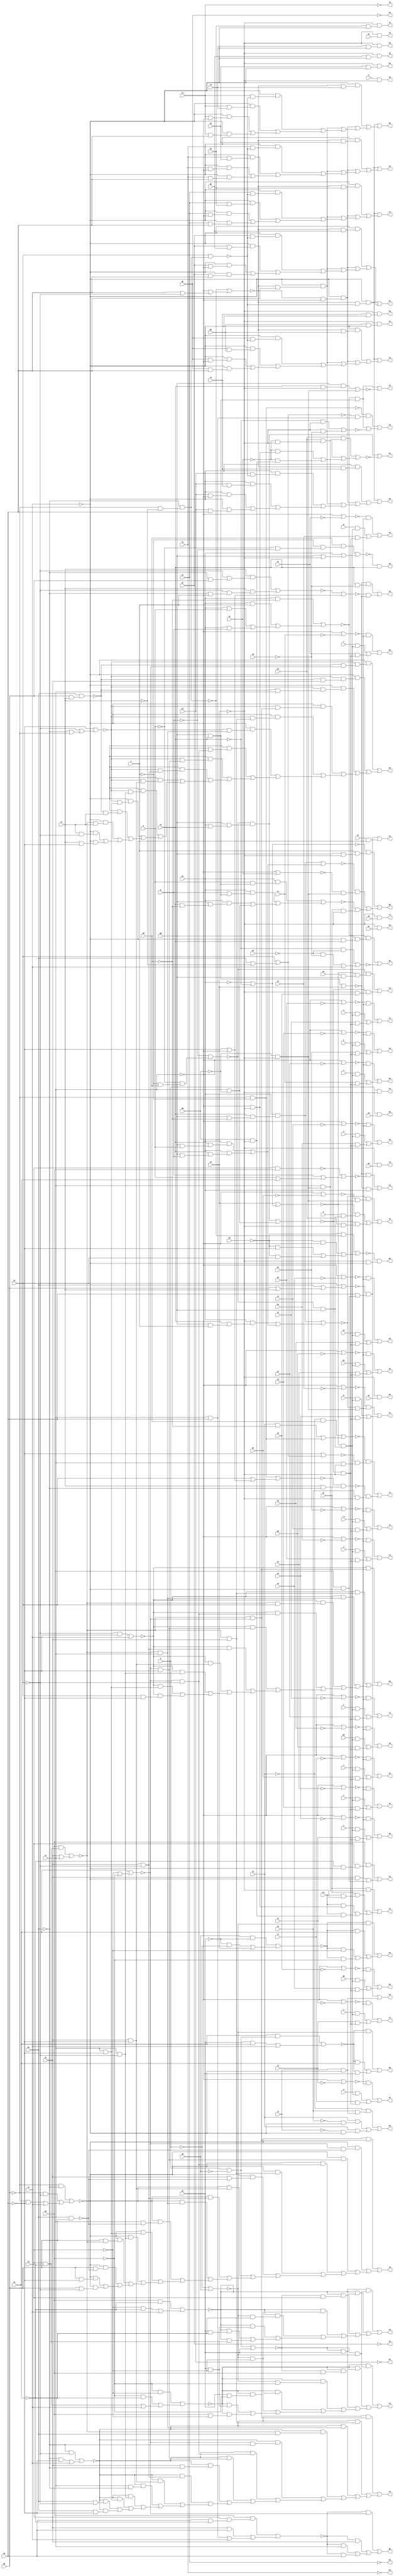
// IWLS benchmark module "x4" printed on Wed May 29 17:30:39 2002
module x4(a, b, g, h, i, k, l, m, n, o, p, q, r, s, t, u, v, w, \x , y, z, a0, b0, c0, d0, e0, f0, g0, h0, i0, k0, l0, m0, n0, o0, p0, q0, r0, s0, t0, u0, v0, w0, x0, y0, z0, a1, b1, c1, d1, e1, f1, g1, h1, i1, j1, k1, l1, m1, n1, o1, p1, q1, r1, s1, t1, u1, v1, w1, x1, y1, z1, a2, b2, c2, d2, e2, f2, g2, h2, i2, j2, k2, l2, m2, n2, o2, p2, q2, r2, s2, t2, u2, v2, w2, x2, y2, z2, a3, b3, c3, d3, e3, f3, g3, h3, i3, j3, k3, l3, m3, n3, o3, p3, q3, r3, s3, t3, u3, v3, w3, x3, y3, z3, a4, b4, c4, d4, e4, f4, g4, h4, i4, j4, k4, l4, m4, n4, o4, p4, q4, r4, s4, t4, u4, v4, w4, x4, y4, z4, a5, b5, c5, d5, e5, f5, g5, h5, i5, j5, k5, l5, m5, n5, o5);
input
  z0,
  z1,
  a,
  b,
  g,
  h,
  i,
  k,
  l,
  m,
  n,
  o,
  p,
  q,
  r,
  s,
  t,
  u,
  v,
  w,
  \x ,
  y,
  z,
  a0,
  a1,
  a2,
  b0,
  b1,
  b2,
  c0,
  c1,
  c2,
  d0,
  d1,
  d2,
  e0,
  e1,
  e2,
  f0,
  f1,
  f2,
  g0,
  g1,
  g2,
  h0,
  h1,
  h2,
  i0,
  i1,
  i2,
  j1,
  j2,
  k0,
  k1,
  k2,
  l0,
  l1,
  l2,
  m0,
  m1,
  m2,
  n0,
  n1,
  n2,
  o0,
  o1,
  o2,
  p0,
  p1,
  p2,
  q0,
  q1,
  q2,
  r0,
  r1,
  r2,
  s0,
  s1,
  s2,
  t0,
  t1,
  t2,
  u0,
  u1,
  u2,
  v0,
  v1,
  v2,
  w0,
  w1,
  x0,
  x1,
  y0,
  y1;
output
  z2,
  z3,
  z4,
  a3,
  a4,
  a5,
  b3,
  b4,
  b5,
  c3,
  c4,
  c5,
  d3,
  d4,
  d5,
  e3,
  e4,
  e5,
  f3,
  f4,
  f5,
  g3,
  g4,
  g5,
  h3,
  h4,
  h5,
  i3,
  i4,
  i5,
  j3,
  j4,
  j5,
  k3,
  k4,
  k5,
  l3,
  l4,
  l5,
  m3,
  m4,
  m5,
  n3,
  n4,
  n5,
  o3,
  o4,
  o5,
  p3,
  p4,
  q3,
  q4,
  r3,
  r4,
  s3,
  s4,
  t3,
  t4,
  u3,
  u4,
  v3,
  v4,
  w2,
  w3,
  w4,
  x2,
  x3,
  x4,
  y2,
  y3,
  y4;
wire
  \[60] ,
  j11,
  j13,
  j14,
  \[61] ,
  \[62] ,
  \[63] ,
  r12,
  \[64] ,
  \[65] ,
  \[66] ,
  z10,
  z11,
  z13,
  \[67] ,
  \[68] ,
  \[69] ,
  \[0] ,
  \[1] ,
  c11,
  c12,
  c14,
  \[2] ,
  \[3] ,
  \[4] ,
  \[70] ,
  k11,
  k14,
  \[5] ,
  \[6] ,
  \[7] ,
  \[8] ,
  \[9] ,
  d10,
  d13,
  d14,
  l10,
  l11,
  l12,
  l14,
  t11,
  \[10] ,
  e10,
  e11,
  e14,
  \[11] ,
  \[12] ,
  \[13] ,
  m13,
  \[14] ,
  \[15] ,
  \[16] ,
  u10,
  u12,
  u13,
  \[17] ,
  \[18] ,
  \[19] ,
  \[20] ,
  f10,
  f11,
  f12,
  f14,
  \[21] ,
  \[22] ,
  \[23] ,
  n10,
  n11,
  \[24] ,
  \[25] ,
  \[26] ,
  v10,
  v13,
  \[27] ,
  \[28] ,
  \[29] ,
  \[30] ,
  g10,
  g13,
  g14,
  \[31] ,
  \[32] ,
  \[33] ,
  o12,
  \[34] ,
  \[35] ,
  \[36] ,
  w11,
  w13,
  \[37] ,
  \[38] ,
  \[39] ,
  \[40] ,
  h14,
  \[41] ,
  \[42] ,
  \[43] ,
  p13,
  \[44] ,
  \[45] ,
  \[46] ,
  x10,
  x12,
  x13,
  \[47] ,
  \[48] ,
  \[49] ,
  f9,
  a11,
  a13,
  a14,
  i9,
  \[50] ,
  j8,
  i11,
  i12,
  \[51] ,
  k8,
  k9,
  \[52] ,
  l9,
  \[53] ,
  m8,
  q11,
  \[54] ,
  \[55] ,
  o8,
  \[56] ,
  y10,
  y13,
  \[57] ,
  \[58] ,
  \[59] ,
  w8,
  b14,
  x8;
assign
  \[60]  = (~x13 & (~w13 & ~u13)) | ((~x13 & (~w13 & u2)) | ((~x13 & (~w13 & l2)) | ((~x13 & (~u13 & ~l2)) | ((~x13 & (~u13 & ~k2)) | ((~x13 & (u2 & ~l2)) | ((~x13 & (u2 & ~k2)) | (~x13 & (l2 & ~k2)))))))),
  z2 = \[3] ,
  z3 = \[29] ,
  z4 = \[55] ,
  j11 = ~e1 | ~q1,
  j13 = ~e1 | ~h2,
  j14 = (u0 & ~u2) | ((~u2 & ~b) | i0),
  \[61]  = (~y13 & (~w13 & ~u13)) | ((~y13 & (~w13 & u2)) | ((~y13 & (~w13 & m2)) | ((~y13 & (~u13 & ~m2)) | ((~y13 & (~u13 & ~l2)) | ((~y13 & (u2 & ~m2)) | ((~y13 & (u2 & ~l2)) | (~y13 & (m2 & ~l2)))))))),
  \[62]  = (~a14 & ~z13) | ((~a14 & d1) | ((~a14 & e1) | (~a14 & n2))),
  \[63]  = (~c14 & (~b14 & ~z13)) | ((~c14 & (~b14 & d1)) | ((~c14 & (~b14 & e1)) | ((~c14 & (~b14 & o2)) | ((~c14 & (~z13 & ~o2)) | ((~c14 & (~z13 & ~n2)) | ((~c14 & (d1 & ~o2)) | ((~c14 & (d1 & ~n2)) | ((~c14 & (e1 & ~o2)) | ((~c14 & (e1 & ~n2)) | (~c14 & (o2 & ~n2))))))))))),
  r12 = ~e1 | ~b2,
  \[64]  = (~d14 & (~b14 & ~z13)) | ((~d14 & (~b14 & d1)) | ((~d14 & (~b14 & e1)) | ((~d14 & (~b14 & p2)) | ((~d14 & (~z13 & ~p2)) | ((~d14 & (~z13 & ~o2)) | ((~d14 & (~z13 & ~n2)) | ((~d14 & (d1 & ~p2)) | ((~d14 & (d1 & ~o2)) | ((~d14 & (d1 & ~n2)) | ((~d14 & (e1 & ~p2)) | ((~d14 & (e1 & ~o2)) | ((~d14 & (e1 & ~n2)) | ((~d14 & (p2 & ~o2)) | (~d14 & (p2 & ~n2))))))))))))))),
  \[65]  = (~f14 & (~z13 & ~b14)) | ((~f14 & (~z13 & ~e14)) | ((~f14 & (~z13 & ~n2)) | ((~f14 & (~z13 & ~o2)) | ((~f14 & (d1 & ~b14)) | ((~f14 & (d1 & ~e14)) | ((~f14 & (d1 & ~n2)) | ((~f14 & (d1 & ~o2)) | ((~f14 & (e1 & ~b14)) | ((~f14 & (e1 & ~e14)) | ((~f14 & (e1 & ~n2)) | ((~f14 & (e1 & ~o2)) | ((~f14 & (q2 & ~b14)) | ((~f14 & (q2 & ~e14)) | ((~f14 & (q2 & ~n2)) | (~f14 & (q2 & ~o2)))))))))))))))),
  \[66]  = (~c1 & (~h14 & (~g14 & ~z13))) | ((~c1 & (~h14 & (~g14 & d1))) | ((~c1 & (~h14 & (~g14 & e1))) | ((~c1 & (~h14 & (~b14 & ~z13))) | ((~c1 & (~h14 & (~b14 & d1))) | ((~c1 & (~h14 & (~b14 & e1))) | ((~c1 & (~h14 & (~z13 & ~o2))) | ((~c1 & (~h14 & (~z13 & ~n2))) | ((~c1 & (~h14 & (d1 & ~o2))) | ((~c1 & (~h14 & (d1 & ~n2))) | ((~c1 & (~h14 & (e1 & ~o2))) | ((~c1 & (~h14 & (e1 & ~n2))) | ((~c1 & (~g14 & r2)) | ((~c1 & (~b14 & r2)) | ((~c1 & (r2 & ~o2)) | (~c1 & (r2 & ~n2)))))))))))))))),
  z10 = (m1 & (v2 & (g0 & ~h0))) | ((m1 & (v2 & (g0 & h))) | (m1 & (v2 & (g0 & g)))),
  z11 = ~e1 | ~v1,
  z13 = k2 | (~l2 | ~m2),
  \[67]  = (n1 & (e1 & (~m0 & ~i0))) | ((n1 & (b1 & ~i0)) | ((b1 & (~e1 & ~i0)) | (b1 & (m0 & ~i0)))),
  \[68]  = (~t2 & (s2 & (l1 & ~c1))) | ((t2 & (~s2 & ~c1)) | (t2 & (~l1 & ~c1))),
  \[69]  = (~j14 & ~u13) | ((~j14 & k2) | ((~j14 & ~l2) | (~j14 & ~m2))),
  \[0]  = ~f1,
  \[1]  = ~g1,
  c11 = (m1 & (h & (g0 & v2))) | ((m1 & (g & (g0 & v2))) | ((m1 & (g0 & (v2 & ~h0))) | (e1 & ~m0))),
  c12 = ~e1 | ~w1,
  c14 = (~o2 & ~n2) | c1,
  \[2]  = ~h1,
  \[3]  = ~i1,
  \[4]  = ~j1,
  \[70]  = (~v10 & (v2 & ~f0)) | (~k14 & ~v10),
  k11 = (m1 & (v2 & (g0 & ~h0))) | ((m1 & (v2 & (g0 & i))) | ((m1 & (v2 & (g0 & h))) | (m1 & (v2 & (g0 & g))))),
  k14 = ~l14 | (~n2 | ~e1),
  \[5]  = ~k1,
  \[6]  = (~k8 & (~j8 & (e1 & ~i0))) | (~m8 & (s2 & ~i0)),
  \[7]  = (~w8 & (g0 & (~c1 & v2))) | ~x8,
  \[8]  = (~f9 & (n2 & (e1 & ~c1))) | (l0 & ~c1),
  \[9]  = (~w8 & (g0 & v2)) | ~i9,
  d10 = o2 | (p2 | ~r2),
  d13 = ~e1 | ~f2,
  d14 = (~p2 & ~o2) | ((~p2 & ~n2) | c1),
  l10 = o2 & (~p2 & (~q2 & ~r2)),
  l11 = (~e11 & (g0 & (m1 & v2))) | (~m0 & e1),
  l12 = ~e1 | ~z1,
  l14 = (r2 & (~o2 & (~p2 & q2))) | (r2 & (~o2 & (~p2 & i))),
  t11 = ~e1 | ~t1,
  \[10]  = ~k9 & (~i0 & ~c1),
  e10 = ~i & ~q2,
  e11 = ~g & (~h & (~i & h0)),
  e14 = p2 & q2,
  \[11]  = ~i0 & (o0 & ~c1),
  \[12]  = ~i0 & (p0 & ~c1),
  \[13]  = ~i0 & (q0 & ~c1),
  m13 = ~e1 | ~i2,
  \[14]  = ~i0 & (r0 & ~c1),
  \[15]  = ~i0 & (s0 & ~c1),
  \[16]  = ~i0 & (t0 & ~c1),
  u10 = ~x10 | (g | (h | k2)),
  u12 = ~e1 | ~c2,
  u13 = ~b | u0,
  \[17]  = b & ~i0,
  \[18]  = a & ~i0,
  \[19]  = ~i0 & v0,
  \[20]  = ~i0 & w0,
  f10 = (~v2 & ~i0) | (~i0 & ~f0),
  f11 = (p1 & (e1 & (~m0 & ~i0))) | ((p1 & (~o1 & ~i0)) | ((~o1 & (~e1 & ~i0)) | (~o1 & (m0 & ~i0)))),
  f12 = ~e1 | ~x1,
  f14 = (~q2 & ~p2) | ((~q2 & ~o2) | ((~q2 & ~n2) | c1)),
  \[21]  = ~i0 & x0,
  \[22]  = ~i0 & y0,
  \[23]  = ~i0 & z0,
  n10 = ~l9 | (~e1 | (n2 | ~o2)),
  n11 = ~e1 | ~r1,
  \[24]  = ~i0 & a1,
  \[25]  = (~e10 & (~d10 & (e1 & n2))) | ((~w8 & (g0 & v2)) | ~f10),
  \[26]  = ~g10 & v2,
  v10 = (g0 & v2) | i0,
  v13 = (k2 & (b & ~u0)) | ((u2 & k2) | c1),
  \[27]  = (m2 & (l2 & (~k2 & ~c1))) | ((d1 & ~c1) | (e1 & ~c1)),
  \[28]  = (~c1 & (~n10 & ~l10)) | ((~c1 & (~n10 & o0)) | ((~c1 & (~n10 & ~e1)) | ((~c1 & (~n10 & n2)) | ((~c1 & (f1 & ~l10)) | ((~c1 & (f1 & o0)) | ((~c1 & (f1 & ~e1)) | (~c1 & (f1 & n2)))))))),
  \[29]  = (~c1 & (~n10 & ~l10)) | ((~c1 & (~n10 & p0)) | ((~c1 & (~n10 & ~e1)) | ((~c1 & (~n10 & n2)) | ((~c1 & (g1 & ~l10)) | ((~c1 & (g1 & p0)) | ((~c1 & (g1 & ~e1)) | (~c1 & (g1 & n2)))))))),
  \[30]  = (~c1 & (~n10 & ~l10)) | ((~c1 & (~n10 & q0)) | ((~c1 & (~n10 & ~e1)) | ((~c1 & (~n10 & n2)) | ((~c1 & (h1 & ~l10)) | ((~c1 & (h1 & q0)) | ((~c1 & (h1 & ~e1)) | (~c1 & (h1 & n2)))))))),
  g10 = (h0 & (~i & (~h & ~g))) | (m1 | (g0 | ~i0)),
  g13 = ~e1 | ~g2,
  g14 = p2 & (q2 & r2),
  \[31]  = (~c1 & (~n10 & ~l10)) | ((~c1 & (~n10 & r0)) | ((~c1 & (~n10 & ~e1)) | ((~c1 & (~n10 & n2)) | ((~c1 & (i1 & ~l10)) | ((~c1 & (i1 & r0)) | ((~c1 & (i1 & ~e1)) | (~c1 & (i1 & n2)))))))),
  \[32]  = (~c1 & (~n10 & ~l10)) | ((~c1 & (~n10 & s0)) | ((~c1 & (~n10 & ~e1)) | ((~c1 & (~n10 & n2)) | ((~c1 & (j1 & ~l10)) | ((~c1 & (j1 & s0)) | ((~c1 & (j1 & ~e1)) | (~c1 & (j1 & n2)))))))),
  \[33]  = (~c1 & (~n10 & ~l10)) | ((~c1 & (~n10 & t0)) | ((~c1 & (~n10 & ~e1)) | ((~c1 & (~n10 & n2)) | ((~c1 & (k1 & ~l10)) | ((~c1 & (k1 & t0)) | ((~c1 & (k1 & ~e1)) | (~c1 & (k1 & n2)))))))),
  o12 = ~e1 | ~a2,
  \[34]  = (~f9 & (n2 & (e1 & ~c1))) | (l1 & ~c1),
  \[35]  = (~v10 & ~u10) | (~v10 & m1),
  \[36]  = (~a11 & (i & (g0 & ~i0))) | ((~z10 & (~y10 & (~m0 & ~i0))) | (~c11 & (n1 & ~i0))),
  w11 = ~e1 | ~u1,
  w13 = (b & ~u0) | u2,
  \[37]  = (~e11 & (g0 & (m1 & v2))) | ~f11,
  \[38]  = (~k11 & (~j11 & (~m0 & ~i0))) | ((~i11 & (k & (~e11 & g0))) | (~l11 & (p1 & ~i0))),
  \[39]  = (~n11 & (~k11 & (~m0 & ~i0))) | ((l & (~i11 & (~e11 & g0))) | (q1 & (~l11 & ~i0))),
  \[40]  = (~q11 & (~k11 & (~m0 & ~i0))) | ((m & (~i11 & (~e11 & g0))) | (r1 & (~l11 & ~i0))),
  h14 = ~n2 | (~o2 | (~p2 | ~q2)),
  \[41]  = (~t11 & (~k11 & (~m0 & ~i0))) | ((n & (~i11 & (~e11 & g0))) | (s1 & (~l11 & ~i0))),
  \[42]  = (~w11 & (~k11 & (~m0 & ~i0))) | ((o & (~i11 & (~e11 & g0))) | (t1 & (~l11 & ~i0))),
  \[43]  = (~z11 & (~k11 & (~m0 & ~i0))) | ((p & (~i11 & (~e11 & g0))) | (u1 & (~l11 & ~i0))),
  p13 = ~e1 | ~j2,
  \[44]  = (~c12 & (~k11 & (~m0 & ~i0))) | ((q & (~i11 & (~e11 & g0))) | (v1 & (~l11 & ~i0))),
  \[45]  = (~f12 & (~k11 & (~m0 & ~i0))) | ((r & (~i11 & (~e11 & g0))) | (w1 & (~l11 & ~i0))),
  \[46]  = (~i12 & (~k11 & (~m0 & ~i0))) | ((s & (~i11 & (~e11 & g0))) | (x1 & (~l11 & ~i0))),
  x10 = l2 & m2,
  x12 = ~e1 | ~d2,
  x13 = (m2 & ~k2) | ((~l2 & ~k2) | c1),
  \[47]  = (~l12 & (~k11 & (~m0 & ~i0))) | ((t & (~i11 & (~e11 & g0))) | (y1 & (~l11 & ~i0))),
  a3 = \[4] ,
  a4 = \[30] ,
  a5 = \[56] ,
  \[48]  = (~o12 & (~k11 & (~m0 & ~i0))) | ((u & (~i11 & (~e11 & g0))) | (z1 & (~l11 & ~i0))),
  b3 = \[5] ,
  b4 = \[31] ,
  b5 = \[57] ,
  \[49]  = (~r12 & (~k11 & (~m0 & ~i0))) | ((v & (~i11 & (~e11 & g0))) | (a2 & (~l11 & ~i0))),
  c3 = \[6] ,
  c4 = \[32] ,
  c5 = \[58] ,
  d3 = \[7] ,
  d4 = \[33] ,
  d5 = \[59] ,
  e3 = \[8] ,
  e4 = \[34] ,
  e5 = \[60] ,
  f3 = \[9] ,
  f4 = \[35] ,
  f5 = \[61] ,
  f9 = o2 | (p2 | (q2 | r2)),
  g3 = \[10] ,
  g4 = \[36] ,
  g5 = \[62] ,
  a11 = ~m1 | ~v2,
  a13 = ~e1 | ~e2,
  a14 = (m2 & (l2 & (n2 & ~k2))) | ((d1 & n2) | ((n2 & e1) | c1)),
  h3 = \[11] ,
  h4 = \[37] ,
  h5 = \[63] ,
  i3 = \[12] ,
  i4 = \[38] ,
  i5 = \[64] ,
  i9 = (g0 & (v2 & ~i0)) | (~m0 & ~i0),
  \[50]  = (~u12 & (~k11 & (~m0 & ~i0))) | ((w & (~i11 & (~e11 & g0))) | (b2 & (~l11 & ~i0))),
  j3 = \[13] ,
  j4 = \[39] ,
  j5 = \[65] ,
  j8 = ~n2 | (o2 | (p2 | ~r2)),
  i11 = i0 | (~m1 | ~v2),
  i12 = ~e1 | ~y1,
  \[51]  = (~x12 & (~k11 & (~m0 & ~i0))) | ((\x  & (~i11 & (~e11 & g0))) | (c2 & (~l11 & ~i0))),
  k3 = \[14] ,
  k4 = \[40] ,
  k5 = \[66] ,
  k8 = (~t2 & h0) | ((t2 & ~h0) | (~q2 & ~i)),
  k9 = (~n0 & ~l9) | ((~n0 & ~e1) | ((~n0 & ~n2) | (~n0 & o2))),
  \[52]  = (~a13 & (~k11 & (~m0 & ~i0))) | ((y & (~i11 & (~e11 & g0))) | (d2 & (~l11 & ~i0))),
  l3 = \[15] ,
  l4 = \[41] ,
  l5 = \[67] ,
  l9 = ~p2 & (~q2 & ~r2),
  \[53]  = (~d13 & (~k11 & (~m0 & ~i0))) | ((z & (~i11 & (~e11 & g0))) | (e2 & (~l11 & ~i0))),
  m3 = \[16] ,
  m4 = \[42] ,
  m5 = \[68] ,
  m8 = ~o8 & (r2 & ~p2),
  q11 = ~e1 | ~s1,
  \[54]  = (~g13 & (~k11 & (~m0 & ~i0))) | ((a0 & (~i11 & (~e11 & g0))) | (f2 & (~l11 & ~i0))),
  n3 = \[17] ,
  n4 = \[43] ,
  n5 = \[69] ,
  \[55]  = (~j13 & (~k11 & (~m0 & ~i0))) | ((b0 & (~i11 & (~e11 & g0))) | (g2 & (~l11 & ~i0))),
  o3 = \[18] ,
  o4 = \[44] ,
  o5 = \[70] ,
  o8 = (~q2 & ~i) | (o2 | (~e1 | ~n2)),
  \[56]  = (~m13 & (~k11 & (~m0 & ~i0))) | ((c0 & (~i11 & (~e11 & g0))) | (h2 & (~l11 & ~i0))),
  p3 = \[19] ,
  p4 = \[45] ,
  y10 = ~e1 | o1,
  y13 = (~m2 & ~l2) | ((~m2 & ~k2) | ((l2 & ~k2) | c1)),
  \[57]  = (~p13 & (~k11 & (~m0 & ~i0))) | ((d0 & (~i11 & (~e11 & g0))) | (i2 & (~l11 & ~i0))),
  q3 = \[20] ,
  q4 = \[46] ,
  \[58]  = (~e11 & (~i11 & (e0 & g0))) | (~l11 & (~i0 & j2)),
  r3 = \[21] ,
  r4 = \[47] ,
  \[59]  = (~v13 & ~u13) | ((~v13 & k2) | (~v13 & u2)),
  s3 = \[22] ,
  s4 = \[48] ,
  t3 = \[23] ,
  t4 = \[49] ,
  u3 = \[24] ,
  u4 = \[50] ,
  v3 = \[25] ,
  v4 = \[51] ,
  w2 = \[0] ,
  w3 = \[26] ,
  w4 = \[52] ,
  w8 = (m1 & ~h0) | ((m1 & i) | ((m1 & h) | (m1 & g))),
  b14 = (m2 & (l2 & ~k2)) | (d1 | e1),
  x2 = \[1] ,
  x3 = \[27] ,
  x4 = \[53] ,
  x8 = (~v2 & ~k0) | ((~k0 & ~f0) | c1),
  y2 = \[2] ,
  y3 = \[28] ,
  y4 = \[54] ;
endmodule